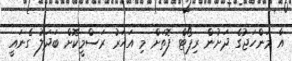
އާ މަންހަޖުގެ ދަށުން ރިޕޯޓް ފޮތަށް މި އަހަރު ރަސްމީކޮށް ބަދަލު ގެނައީ